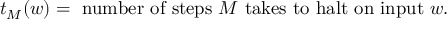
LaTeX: t _ { M } ( w ) = { \mathrm { ~ n u m b e r ~ o f ~ s t e p s ~ } } M { \mathrm { ~ t a k e s ~ t o ~ h a l t ~ o n ~ i n p u t ~ } } w .